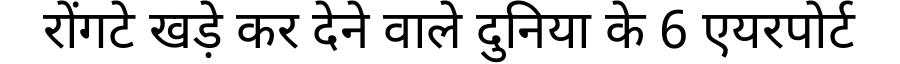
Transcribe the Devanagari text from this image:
रोंगटे खड़े कर देने वाले दुनिया के 6 एयरपोर्ट